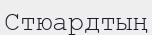
Стюардтың